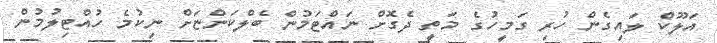
އަލޫކް ލައިގެން ހުރި ގަމީހުގެ މަތީ ދެގޮށް ނައްޓަމުން ބެލްކަންޏަށް ނިކުމެ ހުއްޓިލުމުން